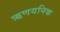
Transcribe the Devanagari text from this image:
ऋणयनिक